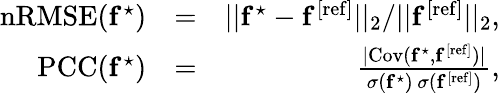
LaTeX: \begin{array}{rlr}{\mathrm{nRMSE}(\mathbf{f}^{\star})}&{=}&{||\mathbf{f}^{\star}-\mathbf{f}^{\mathrm{[ref]}}||_{2}/||\mathbf{f}^{\mathrm{[ref]}}||_{2},}\\ {\mathrm{PCC}(\mathbf{f}^{\star})}&{=}&{\frac{\vert\mathrm{Cov(\mathbf{f}^{\star},\mathbf{f}^{\mathrm{[ref]}})\vert}}{\sigma(\mathbf{f}^{\star})\, \sigma(\mathbf{f}^{\mathrm{[ref]}})},}\end{array}